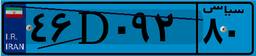
۴۶D۰۹۲۸۰